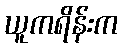
ယူကရိန်းက